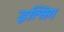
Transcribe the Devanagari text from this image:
इत्सिग